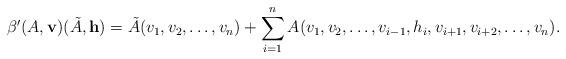
LaTeX: \begin{align*} \beta'(A,\mathbf{v})(\tilde{A},\mathbf{h}) = \tilde{A}(v_1,v_2,\ldots,v_n) + \sum^n_{i=1} A(v_1,v_2,\ldots,v_{i-1},h_i,v_{i+1},v_{i+2},\ldots,v_n) .\end{align*}